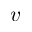
v